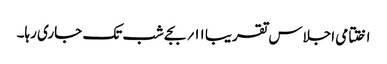
اختتامی اجلاس تقریبا ۱۱؍ بجے شب تک جاری رہا۔